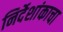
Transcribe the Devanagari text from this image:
निर्देशांकाचा